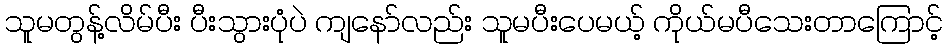
သူမတွန့်လိမ်ပီး ပီးသွားပုံပဲ ကျနော်လည်း သူမပီးပေမယ့် ကိုယ်မပီသေးတာကြောင့်